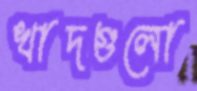
খাদগুলো